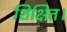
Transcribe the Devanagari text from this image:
शिक्षित।